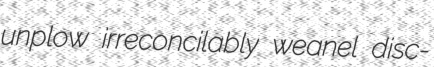
unplow irreconcilably weanel disc-